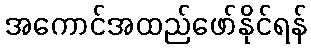
အကောင်အထည်ဖော်နိုင်ရန်